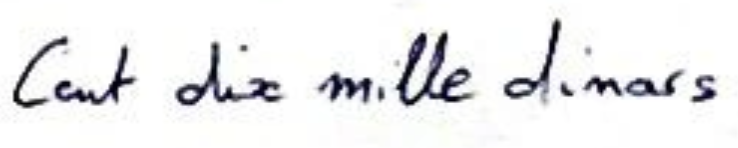
Cent dix mille dinars